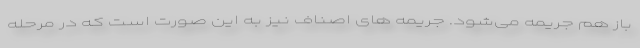
باز هم جریمه می‌شود. جریمه های اصناف نیز به این صورت است که در مرحله